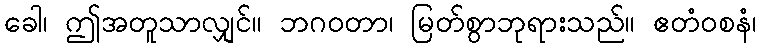
ခေါ၊ ဤအတူသာလျှင်။ ဘဂဝတာ၊ မြတ်စွာဘုရားသည်။ ဧတံဝစနံ၊